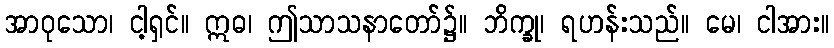
အာဝုသော၊ ငါ့ရှင်။ ဣဓ၊ ဤသာသနာတော်၌။ ဘိက္ခု၊ ရဟန်းသည်။ မေ၊ ငါအား။